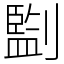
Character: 㔋